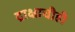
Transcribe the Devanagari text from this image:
द्राक्षाचीही